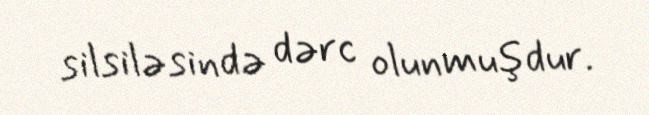
silsiləsində dərc olunmuşdur.